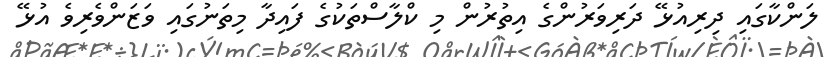
ލަންކާގައި ދިރިއުޅޭ ދަރިވަރުންގެ އިތުރުން މި ކްލާސްތަކުގެ ފައިދާ މިތަނުގައި ވަޒަންވެރިވެ އުޅޭ